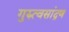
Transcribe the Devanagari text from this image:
गुरुत्वसांद्रण